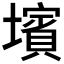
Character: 𡒨